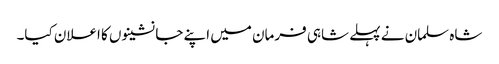
شاہ سلمان نے پہلے شاہی فرمان میں اپنے جانشینوں کا اعلان کیا۔